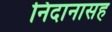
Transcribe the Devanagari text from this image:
निदानासह